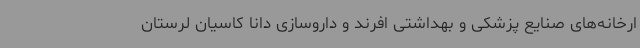
ارخانه‌های صنایع پزشکی و بهداشتی افرند و داروسازی دانا کاسیان لرستان